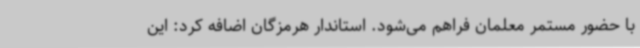
با حضور مستمر معلمان فراهم می‌شود. استاندار هرمزگان اضافه کرد: این